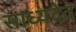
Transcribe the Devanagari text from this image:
साध्यदेव